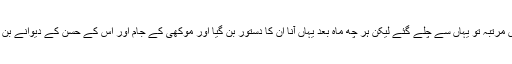
وہ اس مرتبہ تو یہاں سے چلے گئے لیکن ہر چھ ماہ بعد یہاں آنا ان کا دستور بن گیا اور موکھی کے جام اور اس کے حسن کے دیوانے بن گئے۔